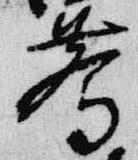
驚